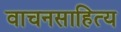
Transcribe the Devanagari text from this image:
वाचनसाहित्य